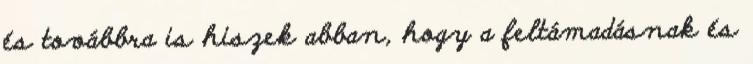
és továbbra is hiszek abban, hogy a feltámadásnak és